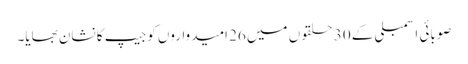
صوبائی اسمبلی کے 30 حلقوں میں 26 امیدواروں کوجیپ کا نشان بھایا۔